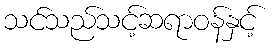
သင်သည်သင့်ဆရာဝန်နှင့်